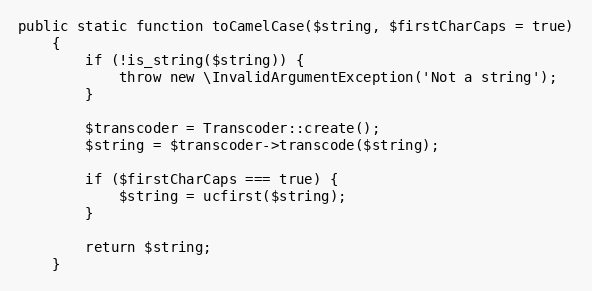
Language: PHP
public static function toCamelCase($string, $firstCharCaps = true)
    {
        if (!is_string($string)) {
            throw new \InvalidArgumentException('Not a string');
        }

        $transcoder = Transcoder::create();
        $string = $transcoder->transcode($string);

        if ($firstCharCaps === true) {
            $string = ucfirst($string);
        }

        return $string;
    }